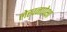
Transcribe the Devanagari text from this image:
लेखनापेक्षा